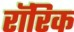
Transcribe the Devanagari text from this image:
रॉरिक